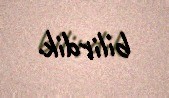
bilirdik.